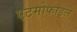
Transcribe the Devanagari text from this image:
एटमोफाइल